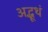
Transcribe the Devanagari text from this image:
अद्भूथं